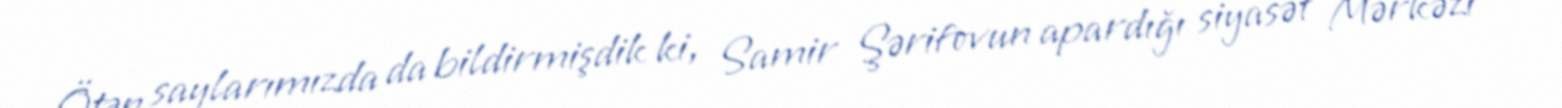
Ötən saylarımızda da bildirmişdik ki, Samir Şərifovun apardığı siyasət Mərkəzi